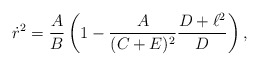
\begin{align*}\dot{r}^2={A\over B}\left(1-{A\over{(C+E)^2}}{{D+\ell^2}\over D}\right),\end{align*}